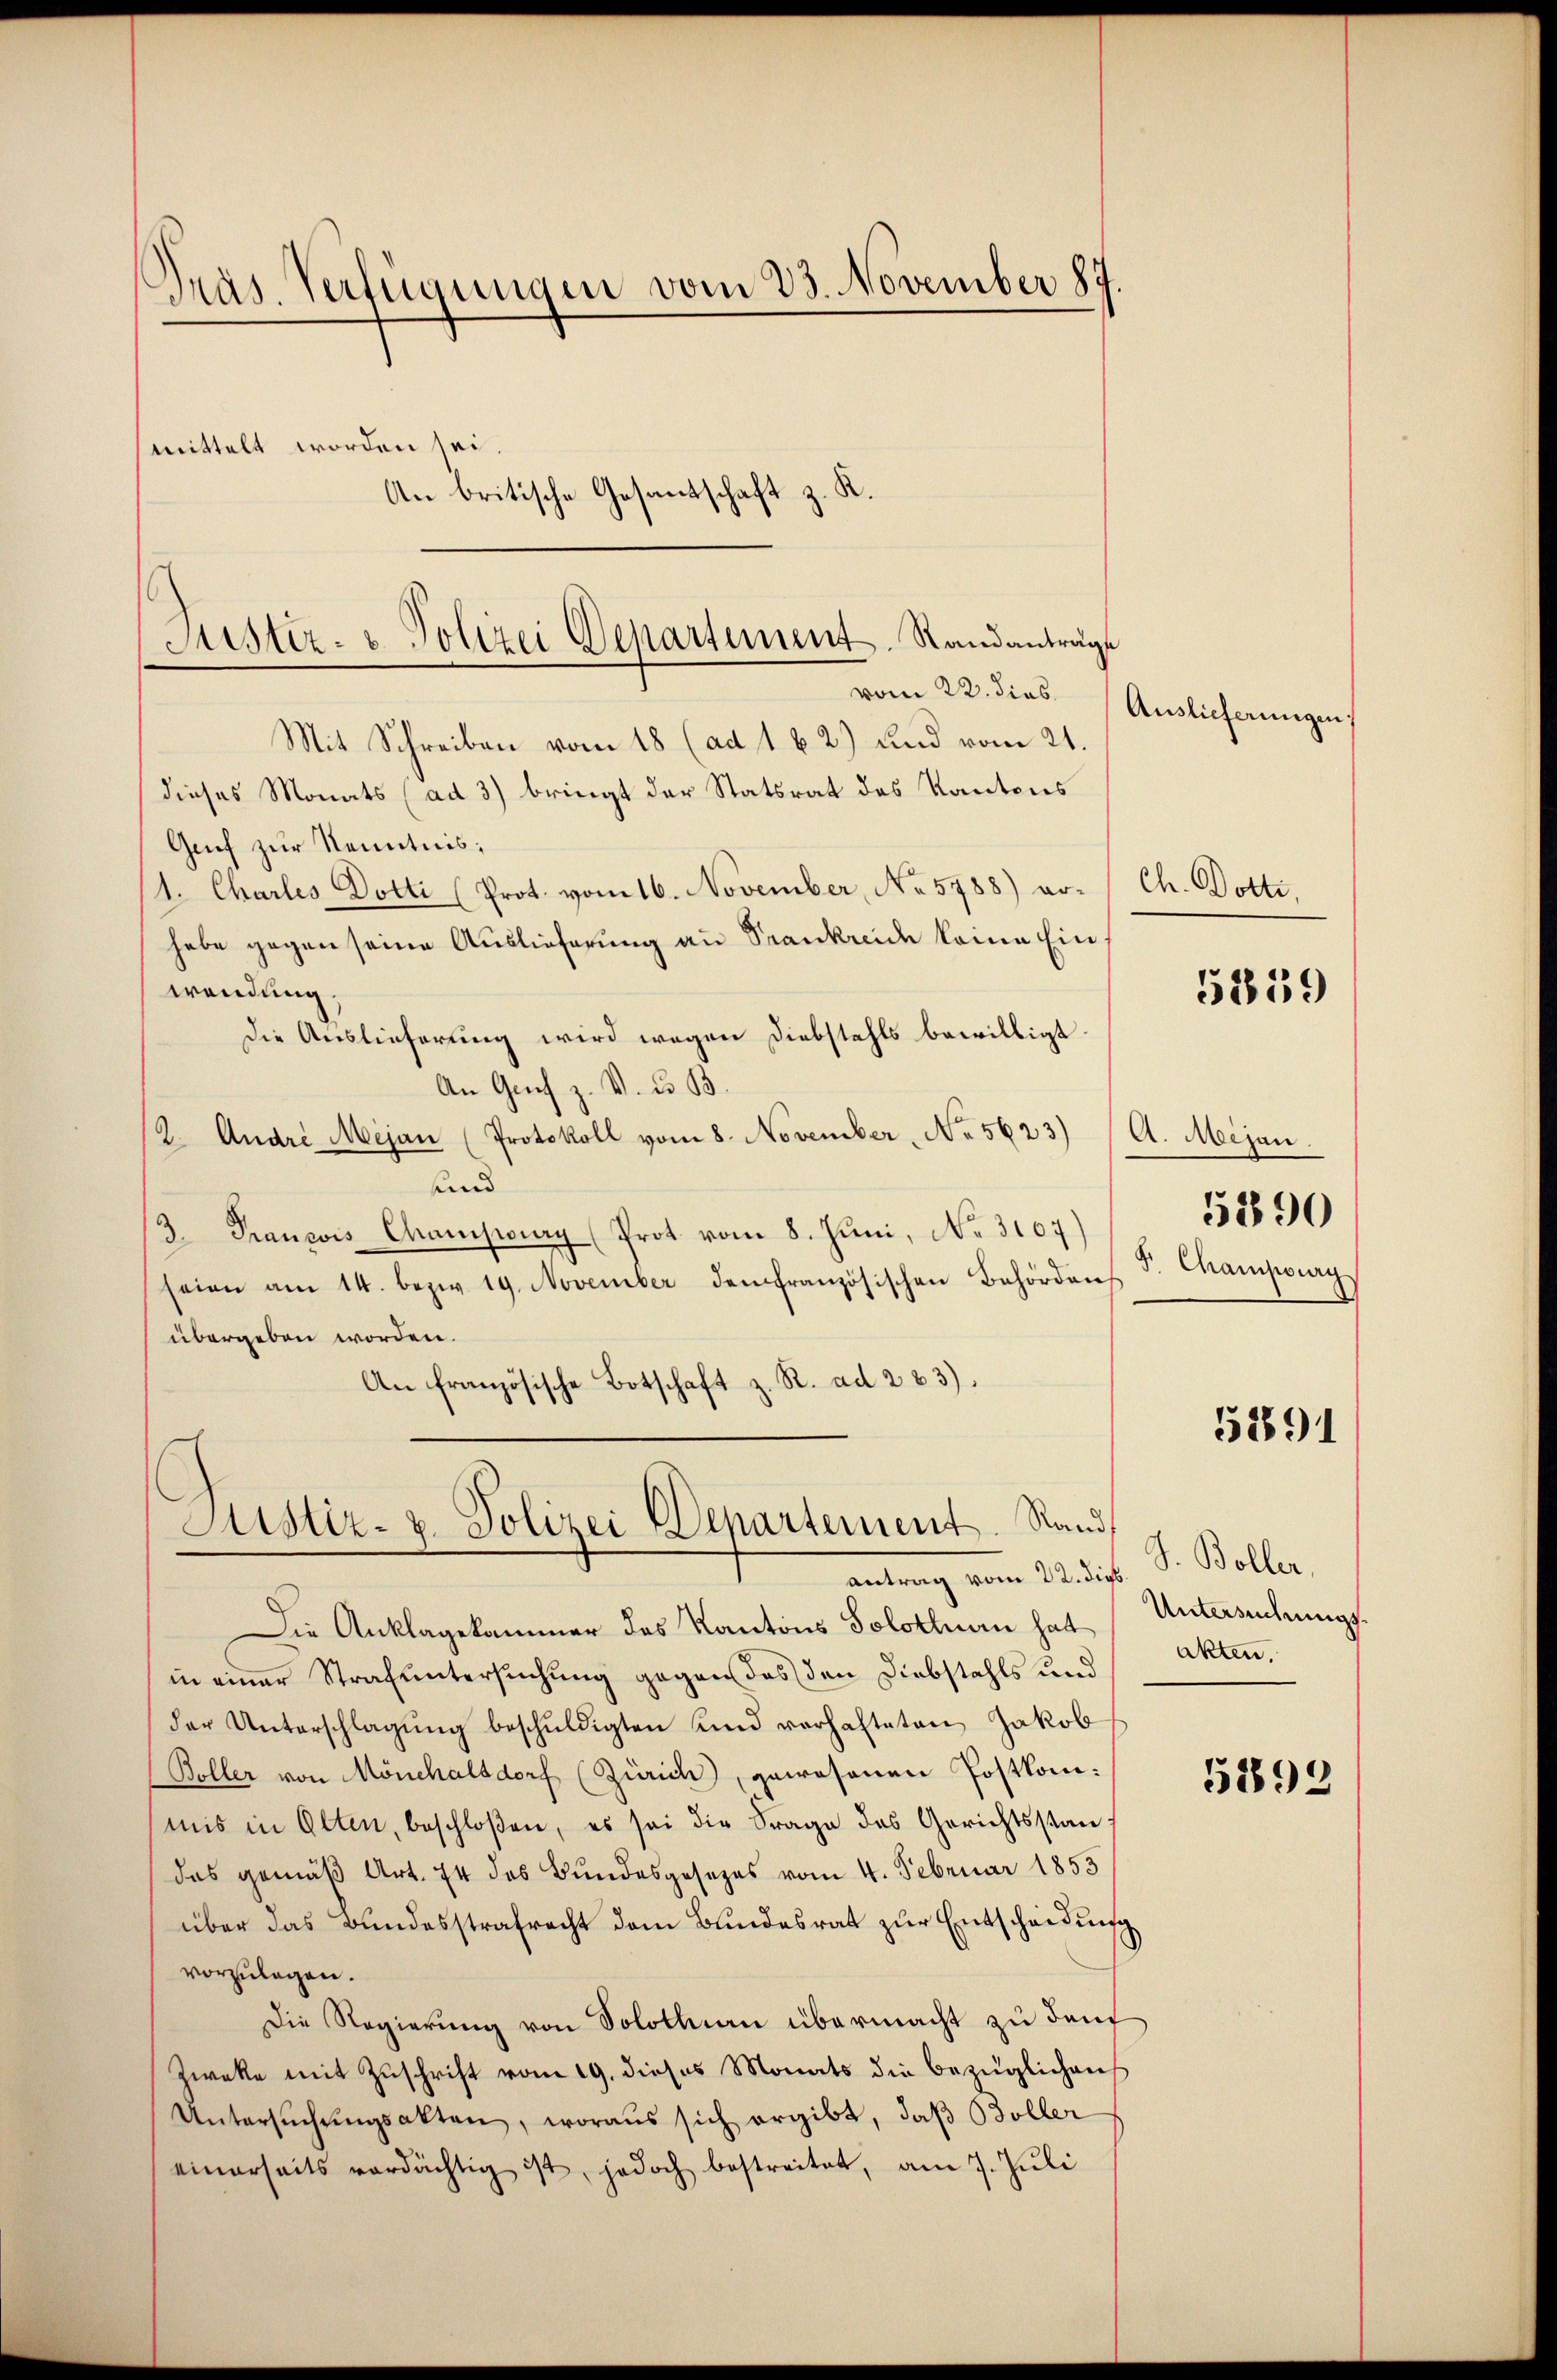
Präs. Verfügungen vom 23. November 187

mittelt worde

An britische Gesandtschaft z. R.
Justiz- & Polizei Departement. Standanträge
vom 22. dies

ei
Mit Schreiben vom 18 (ad 1 b. 2) und vom 21.
dieses Monats (ad 3) bringt der Statsrat des Kantons
Genf zur Kenntnis;
1. Charles Dotti (Prot. vom 16. November, No 5788) vohabe gegen seine Auslieferung an Krankreide keine Ein
wendung.
Die Auslieferung wird wegen Diebstahls bewilligt
An Genf z. V. u. B.
(2. André Mejan (Protokoll vom 8. November, No 5623)
sund
3. Francois Chamseuary (Prot vom 8. Juni, No. 3107)
seien am 14. bezw. 19. November den französischen Behörden
übergeben worden.
An französische Botschaft z. R. ad 223).

Justiz- & Polizei Departement. Stand,
antrag vom 22. dieß.

Die Anklagekammer des Kantons Solothurn hat Untersuchungsin einer Strafuntersuchung gegen das den Diebstahls und
der Unterschlagung beschuldigten Kind verhafteten Jakob
(Boller von Mönchalsdorf (Zürich, gewesenen Postkomimis in Olten, beschloßen, es sei die Frage des Gerichtsstandas gemäß Art. 74 des Bundesgesezes vom 4. Februar 1853
über das Bundesstrafrecht dem Bundesrat zŭr Entscheidung
vorzulagen.
Die Regierung von Solothurn übermacht zu denf
Zwecke mit Zuschrift vom 19. dieses Monats die bezüglichens
Untersŭchŭngsakten, woraus sich ergibt, daβ Boller
einerseits verdächtig ist, jedoch bestreitet, am 7. Juli

Auslieferungen

Ch. Dotti,

5819

A. Mijan.
J. Champig

5890

58891

J. Boller,
akten.

5892